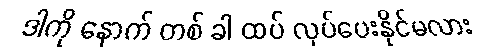
ဒါကို နောက် တစ် ခါ ထပ် လုပ်ပေးနိုင်မလား